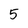
Character: 5